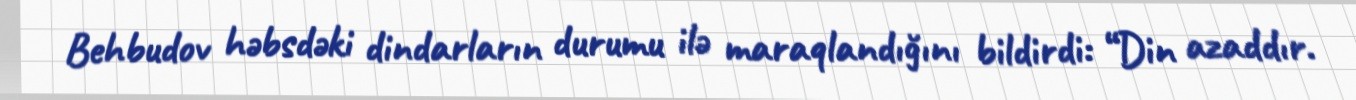
Behbudov həbsdəki dindarların durumu ilə maraqlandığını bildirdi: “Din azaddır.